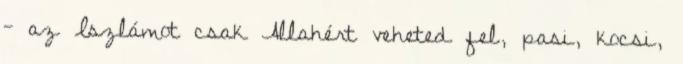
- az Iszlámot csak Allahért veheted fel, pasi, kocsi,